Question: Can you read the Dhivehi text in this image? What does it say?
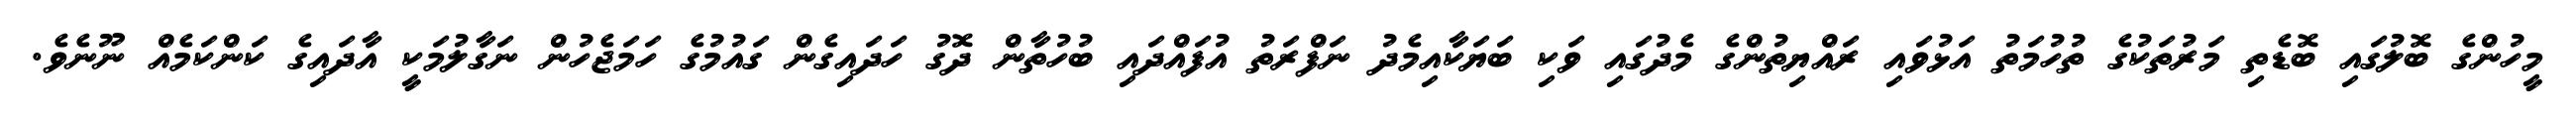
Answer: މީހުންގެ ބޮލުގައި ބޮޑެތި މަރުތަކުގެ ތުހުމަތު އަޅުވައި ރައްޔިތުންގެ މެދުގައި ވަކި ބަޔަކާއިމެދު ނަފްރަތު އުފައްދައި ބުހުތާން ދޮގު ހަދައިގެން ގައުމުގެ ހަމަޖެހުން ނަގާލުމަކީ އާދައިގެ ކަންކަމެއް ނޫނެވެ.